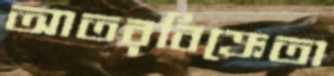
আতরবিক্রেতা